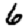
Digit: 6